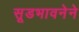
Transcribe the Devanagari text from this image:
सूडभावनेने